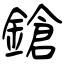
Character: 鎗